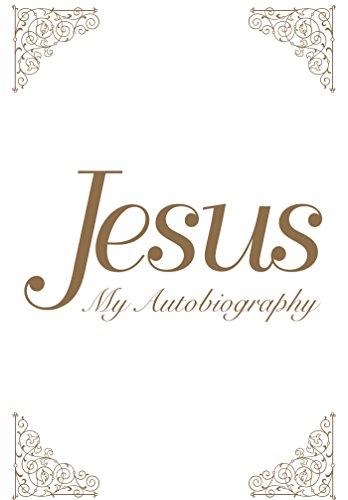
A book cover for Jesus: My Autobiography; Tina Louise Spalding; Religion & Spirituality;